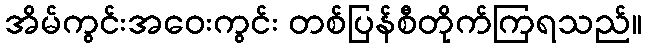
အိမ်ကွင်းအဝေးကွင်း တစ်ပြန်စီတိုက်ကြရသည်။